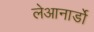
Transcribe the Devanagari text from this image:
लेआनार्डो